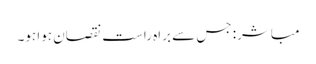
مباشر: جس سے براہ راست نقصان ہوا ہو۔